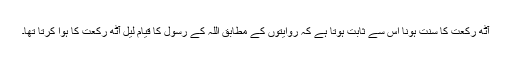
آٹھ رکعت کا سنت ہونا اس سے ثابت ہوتا ہے کہ روایتوں کے مطابق اللہ کے رسول کا قیام لیل آٹھ رکعت کا ہوا کرتا تھا۔